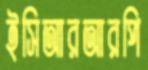
ইসিআরআরপি